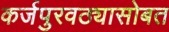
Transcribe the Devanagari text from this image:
कर्जपुरवठ्यासोबत